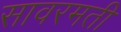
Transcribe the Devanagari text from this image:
सावरमती